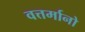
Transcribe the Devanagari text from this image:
वत्तर्मानो